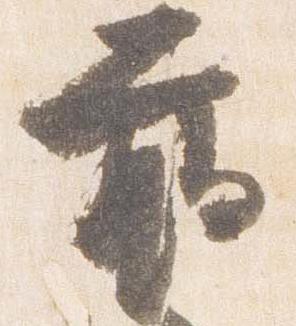
臈